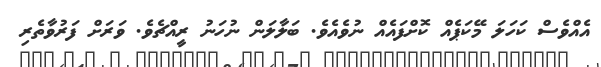
އެއްވެސް ކަހަލަ މޭކަޕެއް ކޮށްފައެއް ނުވެއެވެ. ބަލާލަން ނުހަނު ރީއްޗެވެ. ވަރަށް ފަރުވާތެރި